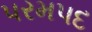
પરમપદ